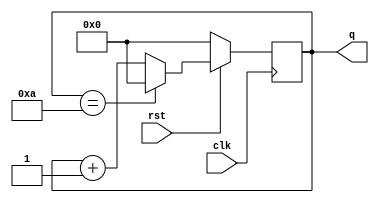
//********************************************************
//   Copyright(c)2016, STEP FPGA 
//   All rights reserved
//   Module name     :   counter1
//   Data            :   2016/08/01
//   Version         :   V1.0
//   Description     :   
//
//   Modification history
//   ----------------------------------------------------------------------------
// Version       
// Description
//
//********************************************************


//*******************
//DEFINE MODULE PORT
//*******************
module counter1
(
	//INPUT
	clk			,
	rst			,
	//OUTPUT
	q			
);
	
	//*******************
	//DEFINE INPUT
	//*******************
	input 	clk,rst;     

    //*******************
	//DEFINE OUTPUT
	//*******************
	output	[7:0]	q;
	
	//********************
	//OUTPUT ATTRIBUTE
	//********************
	//REGS
	reg 	[7:0]   q;    

	
	//Sequential logic style
	always@(posedge clk)
		if (!rst==1)
			q<=0;
		else if (q == 10)
			q<=0;
		else
			q<=q+1;
			
endmodule